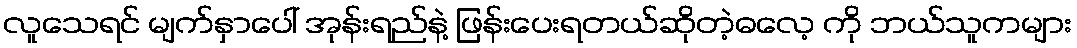
လူသေရင် မျက်နှာပေါ် အုန်းရည်နဲ့ ဖြန်းပေးရတယ်ဆိုတဲ့ဓလေ့ ကို ဘယ်သူကများ